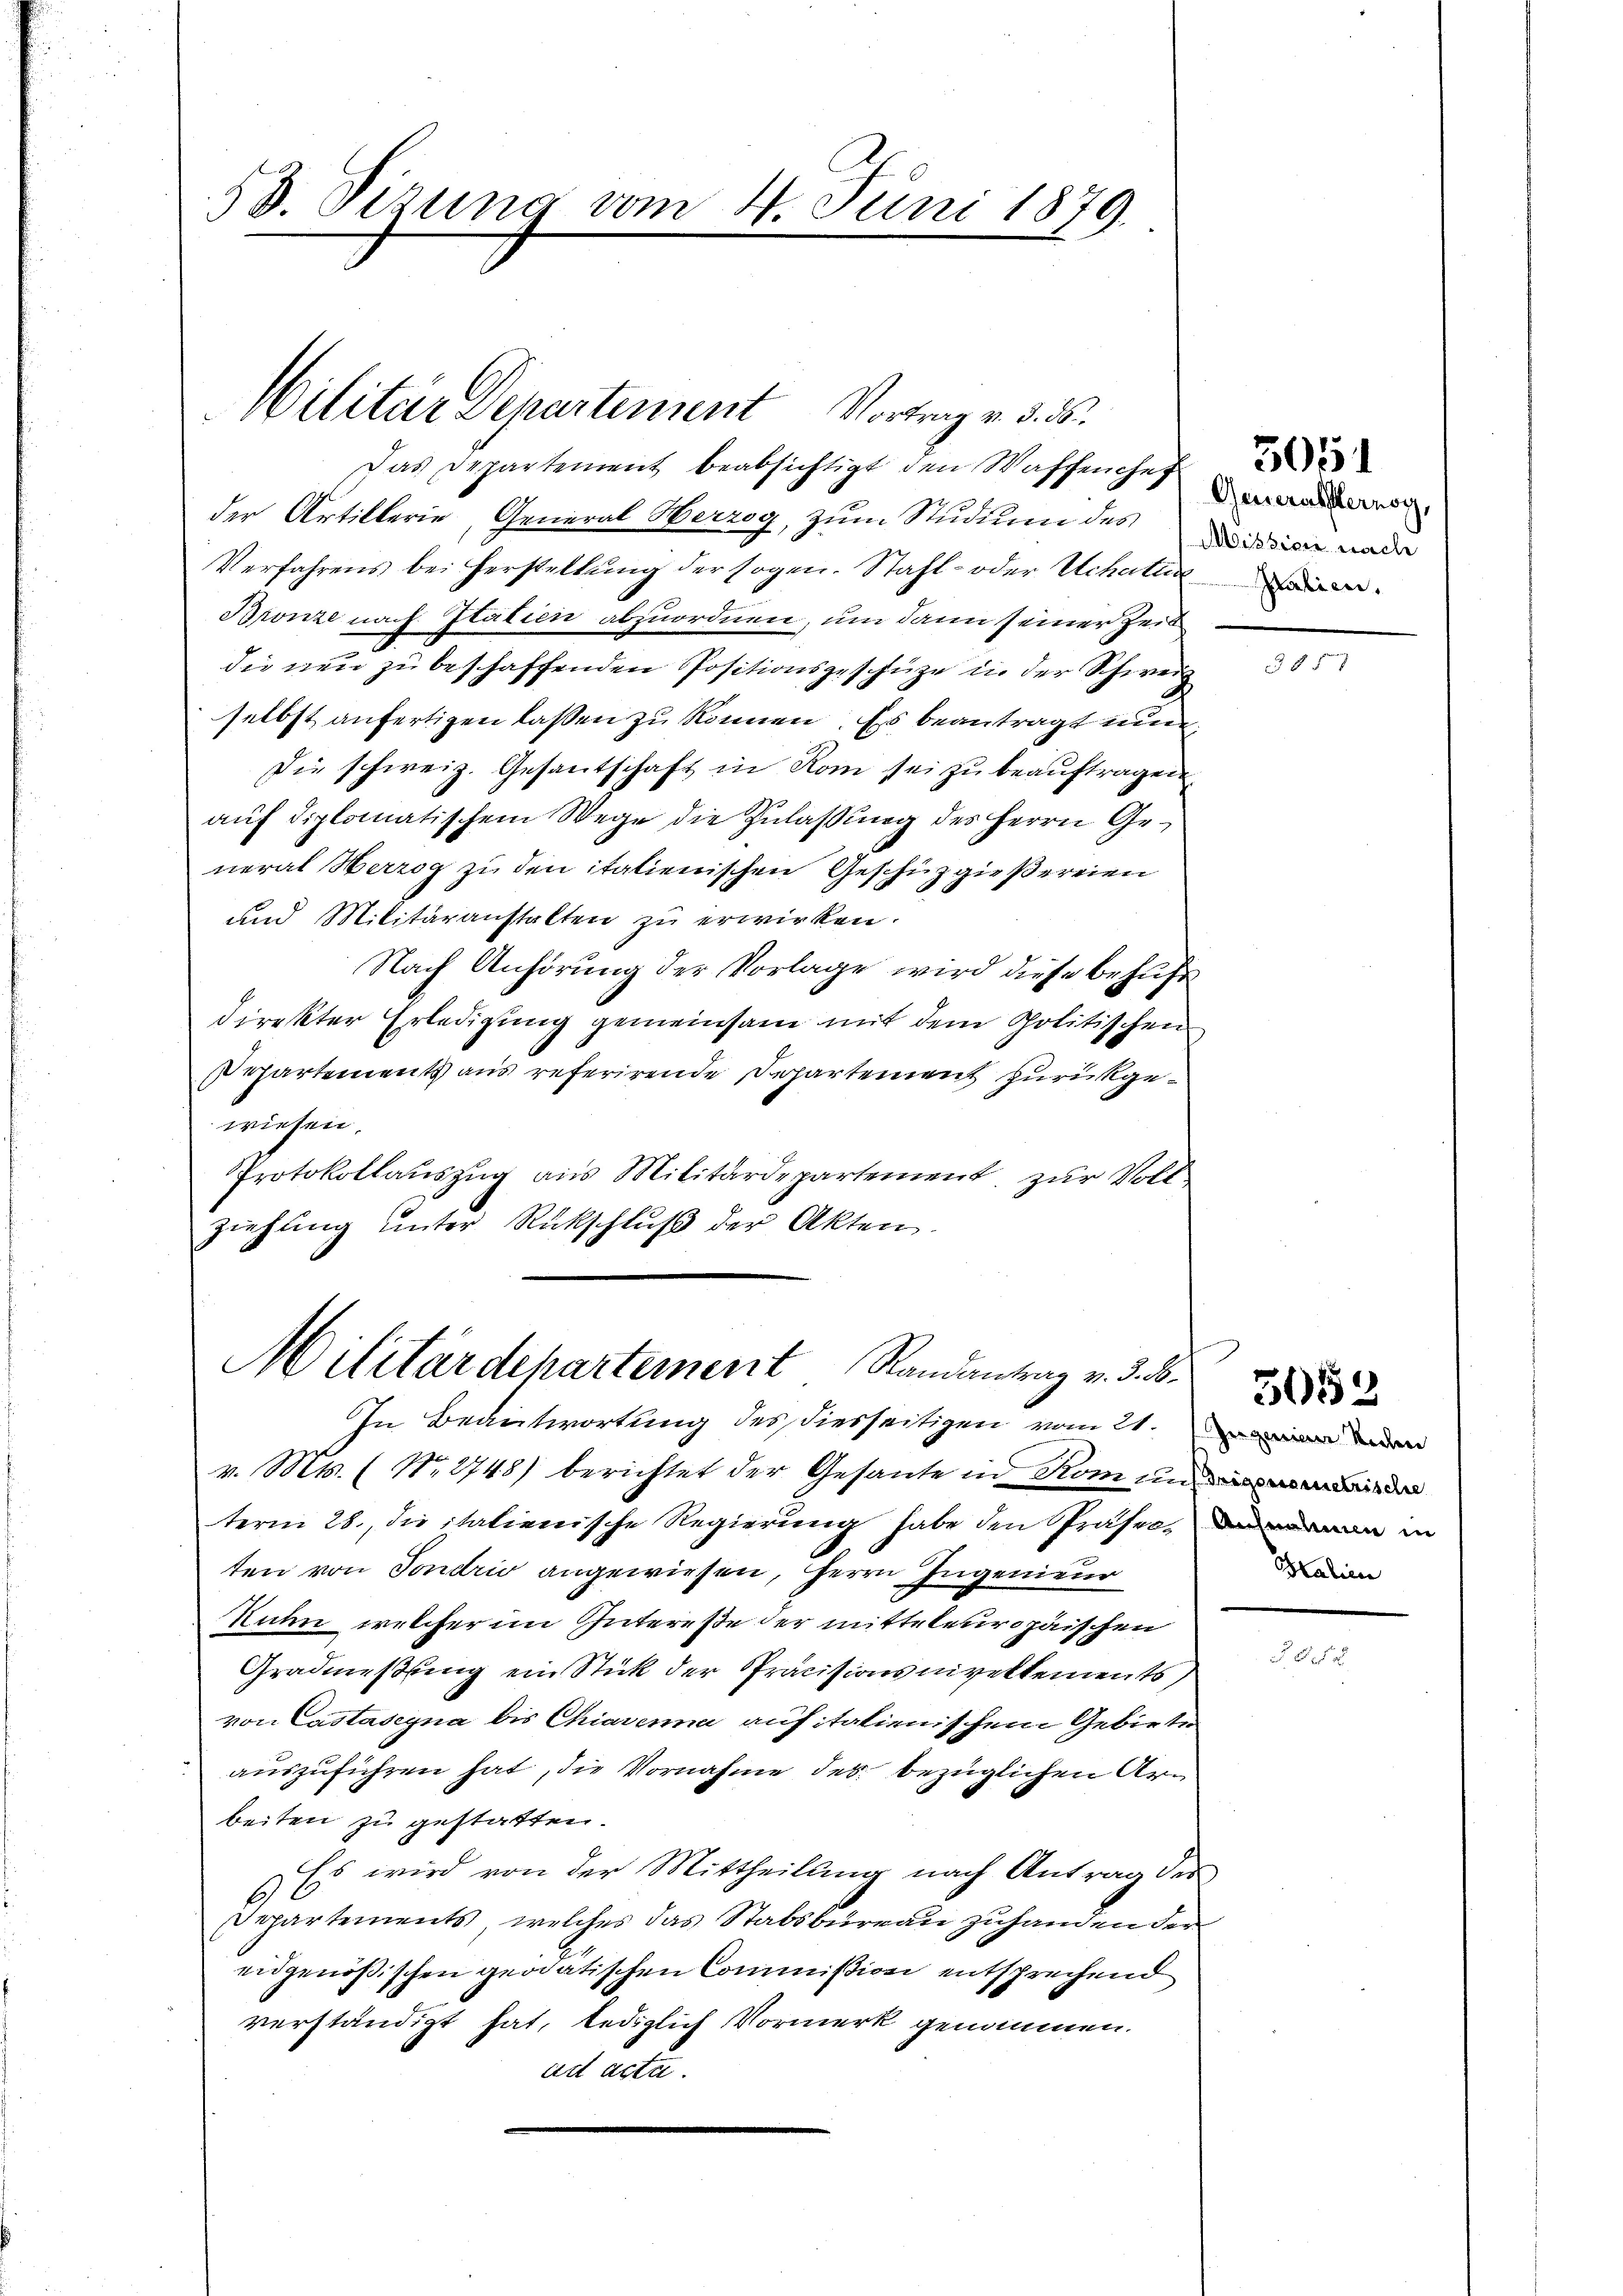
53. Sizung vom 4. Juni 1879.
.

Militär Departement Vortrag v. 3. ds.

Das Departement beabsichtigt den Waffenhe
der Artillerie, General Herzog, zum Studium des Dission nade
Verfahrens bei Herstellung der sogen. Stahl- oder Uchalun
Bronze nach Italien abzuordnen, um dann seiner Zeit
die neu zu beschaffenden Positionsgeschütze in der Schweiz
selbst anfertigen lassen zu können. Es beantragt nun
Die schweiz. Gesantschaft in Rom sei zu beauftragen.
auf diplomatischem Wege die Zulaßung des Herrn General Herzog zu den italienischen Geschüzgießereien
und Militäranstalten zu erwirken.
Nach Anhörung der Vorlage wird diese behufs
direkter Erledigung gemeinsam mit dem Politischen
Departements aus referirende Departement zurückgewiesen.
Protokollauszug aus Militärdepartement, zur Vollziehung unter Rückschluß der Akten.

Militärdepartement Randantrag v. d. 8.

In Beantwortung des diesseitigen vom 21. den
v. Mts. (Nr. 2748) berichtet der Gesante in Rom und
term 28. die italienische Regierung habe den Präsec in
ten von Sondrio angewiesen, Herrn Ingenieur
Zuhn, welcher im Intereße der mitteleuropäischen
Gradmessung ein Stück der Präcisionsniveltements
von Castaseyna bis Chiavenna auf italienischem Gebiete
auszuführen hat, die Vornahme des bezüglichen Arbeiten zu gestatten.
Es wird von der Mittheilung nach Antrag des
.
Departements, welches das Stabsbureau zuhanden der
eidgenößischen geratischen Commißion entsprechend
verständigt hat, lediglich Vormerk genommen.
ad acta.

Generalsternoy,

Italien